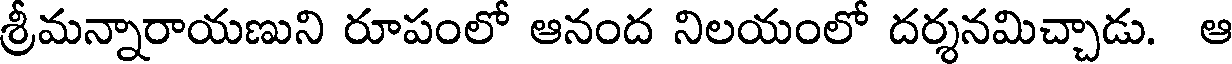
శ్రీమన్నారాయణుని రూపంలో ఆనంద నిలయంలో దర్శనమిచ్చాడు. ఆ